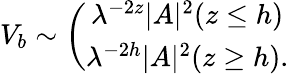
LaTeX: V_{b}\sim\left(\begin{array}{c}{{\lambda^{-2z}|A|^{2}(z\leq h)}}\\ {{\lambda^{-2h}|A|^{2}(z\geq h).}}\end{array}\right.